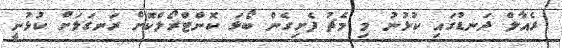
ރެއާލް ދަނޑުގައި ކުޅުނު މި މެޗު ފެށިގެން ބޯޅަ ކޮންޓްރޯލްކޮށް ރަނގަޅަށް ކުޅުނީ